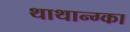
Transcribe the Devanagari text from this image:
थाथान्ग्का